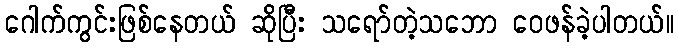
ဂေါက်ကွင်းဖြစ်နေတယ် ဆိုပြီး သရော်တဲ့သဘော ဝေဖန်ခဲ့ပါတယ်။